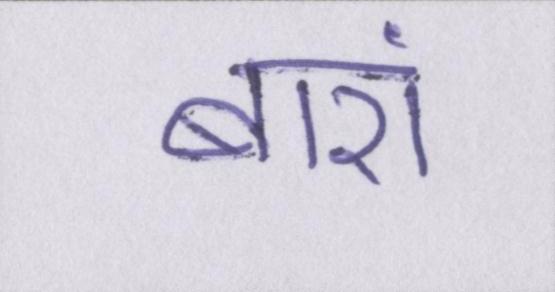
बारां